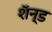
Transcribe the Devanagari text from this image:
शॅन्ड